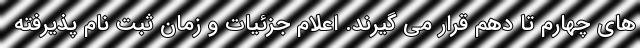
های چهارم تا دهم قرار می گیرند. اعلام جزئیات و زمان ثبت نام پذیرفته